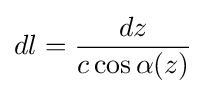
dl={dz \over c\cos \alpha (z)}